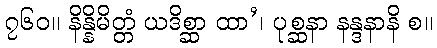
၇၆၀။ နိန္နိမိတ္တံ ယဒိစ္ဆာ ထာ’၊ ပုစ္ဆနာ နန္ဒနာနိ စ။